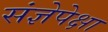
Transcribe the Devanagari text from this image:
संज्ञेपेक्षा